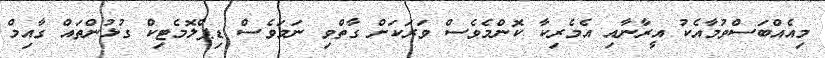
މިއެއްބަސްވުމާއެކު އީރާނާއި އެމެރިކާ ކޮންމެވެސް ވަރަކަށް ގާތްވި ނަމަވެސް ޑިޕްލޮމެޓިކް ގުޅުންތައް ގާއިމް